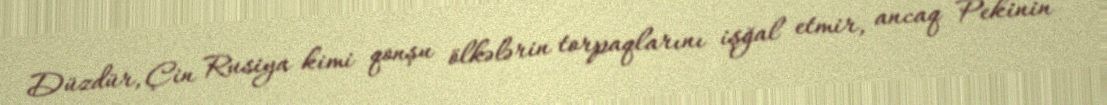
Düzdür, Çin Rusiya kimi qonşu ölkələrin torpaqlarını işğal etmir, ancaq Pekinin